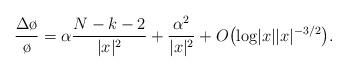
LaTeX: \begin{align*} \frac{\Delta \o}{\o}= \alpha \frac{N-k-2}{|x|^2} + \frac{\alpha^2}{|x|^2} + O\bigl(\textrm{log}|x| |x|^{-3/2}\bigl). \end{align*}